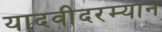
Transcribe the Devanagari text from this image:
यादवीदरम्यान